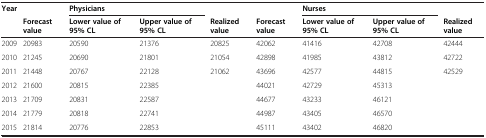
<table><thead><tr><td><b>Year</b></td><td><b> </b></td><td colspan="2"><b>Physicians</b></td><td><b> </b></td><td><b> </b></td><td colspan="2"><b>Nurses</b></td><td><b> </b></td></tr><tr><td><b> </b></td><td><b>Forecast value</b></td><td><b>Lower value of 95% CL</b></td><td><b>Upper value of 95% CL</b></td><td><b>Realized value</b></td><td><b>Forecast value</b></td><td><b>Lower value of 95% CL</b></td><td><b>Upper value of 95% CL</b></td><td><b>Realized value</b></td></tr></thead><tbody><tr><td>2009</td><td>20983</td><td>20590</td><td>21376</td><td>20825</td><td>42062</td><td>41416</td><td>42708</td><td>42444</td></tr><tr><td>2010</td><td>21245</td><td>20690</td><td>21801</td><td>21054</td><td>42898</td><td>41985</td><td>43812</td><td>42722</td></tr><tr><td>2011</td><td>21448</td><td>20767</td><td>22128</td><td>21062</td><td>43696</td><td>42577</td><td>44815</td><td>42529</td></tr><tr><td>2012</td><td>21600</td><td>20815</td><td>22385</td><td> </td><td>44021</td><td>42729</td><td>45313</td><td> </td></tr><tr><td>2013</td><td>21709</td><td>20831</td><td>22587</td><td> </td><td>44677</td><td>43233</td><td>46121</td><td> </td></tr><tr><td>2014</td><td>21779</td><td>20818</td><td>22741</td><td> </td><td>44987</td><td>43405</td><td>46570</td><td> </td></tr><tr><td>2015</td><td>21814</td><td>20776</td><td>22853</td><td> </td><td>45111</td><td>43402</td><td>46820</td><td> </td></tr></tbody></table>